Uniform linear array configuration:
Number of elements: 12
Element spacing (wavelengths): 0.75
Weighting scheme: uniform
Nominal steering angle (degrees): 60
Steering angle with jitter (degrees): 58.184
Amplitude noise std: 0.05
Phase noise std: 0.05

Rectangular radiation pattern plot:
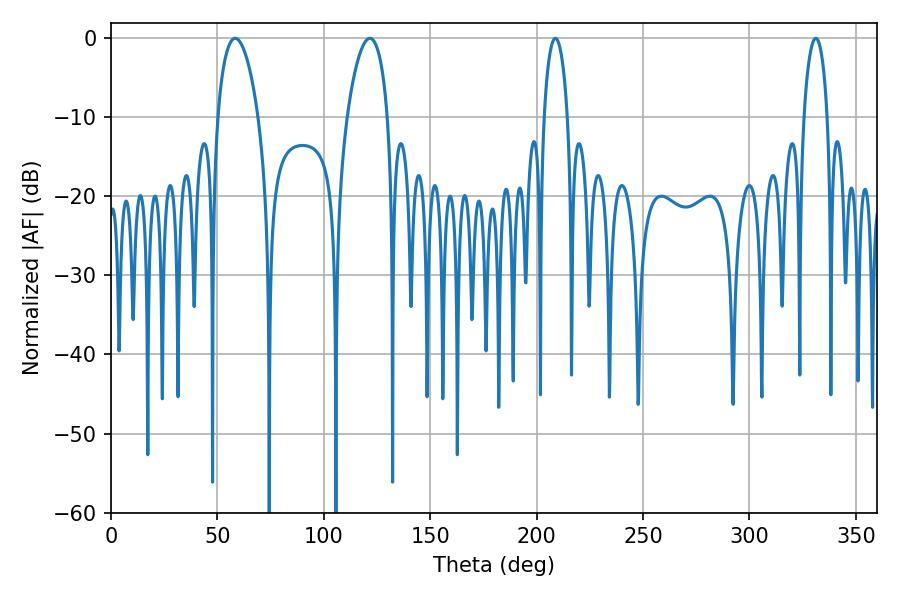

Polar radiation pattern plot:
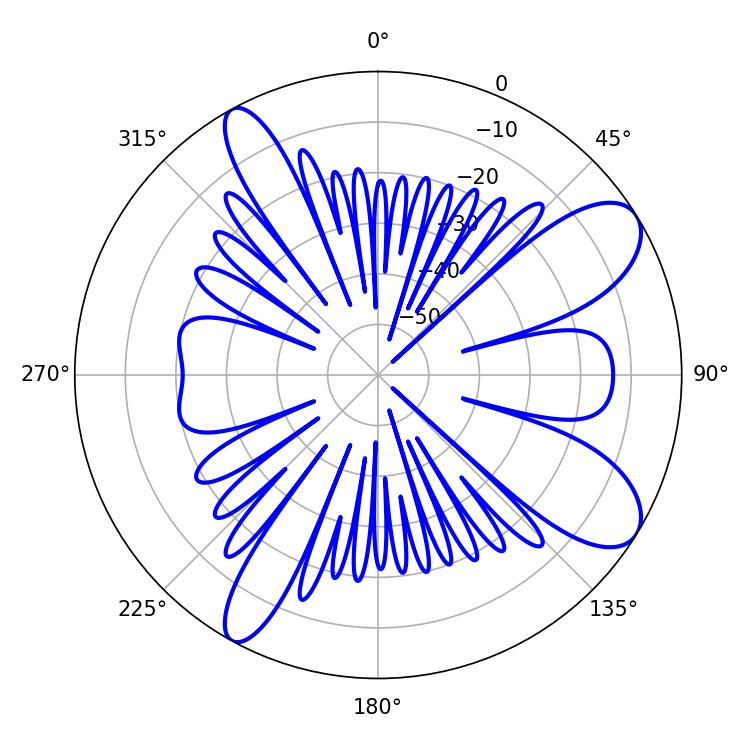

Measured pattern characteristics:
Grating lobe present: TRUE
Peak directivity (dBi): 9.349
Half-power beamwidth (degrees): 6.3
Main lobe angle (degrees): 208.8